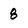
Character: 8